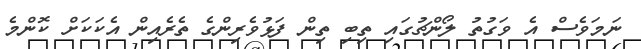
ނަމަވެސް އެ ވަގުތު ލޯންޗުގައި ތިބި ތިން ފަޅުވެރިންގެ ތެރެއިން އެކަކަށް ކޮންމެ